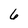
Character: 6